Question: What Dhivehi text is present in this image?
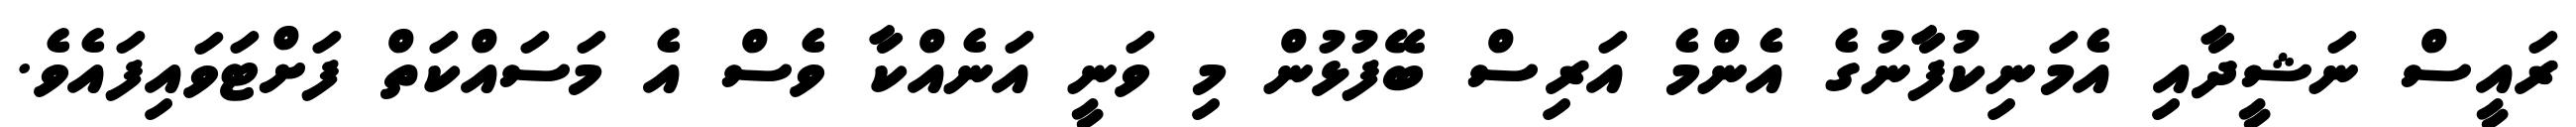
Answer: ރައީސް ނަޝީދާއި އެމަނިކުފާނުގެ އެންމެ އަރިސް ބޭފުޅުން މި ވަނީ އަނެއްކާ ވެސް އެ މަސައްކަތް ފަށްޓަވައިފައެވެ.